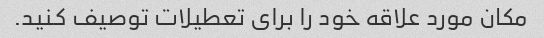
مکان مورد علاقه خود را برای تعطیلات توصیف کنید.